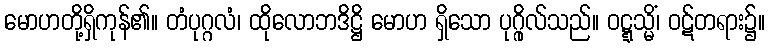
မောဟတို့ရှိကုန်၏။ တံပုဂ္ဂလံ၊ ထိုလောဘဒိဋ္ဌိ မောဟ ရှိသော ပုဂ္ဂိုလ်သည်။ ဝဋ္ဋသ္မိံ၊ ဝဋ်တရား၌။